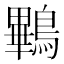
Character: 鷝